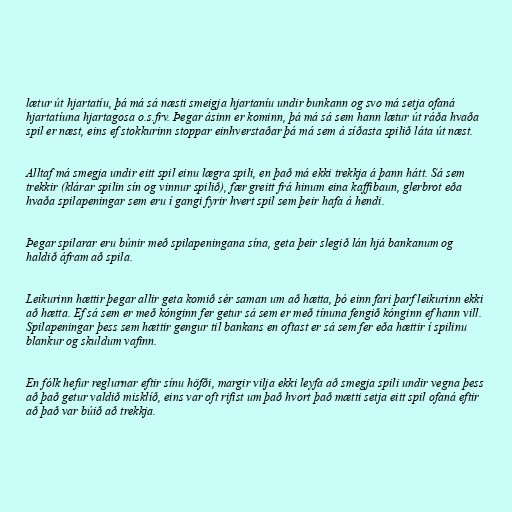
lætur út hjartatíu, þá má sá næsti smeigja hjartaníu undir bunkann og svo má setja ofaná
hjartatíuna hjartagosa o.s.frv. Þegar ásinn er kominn, þá má sá sem hann lætur út ráða hvaða
spil er næst, eins ef stokkurinn stoppar einhverstaðar þá má sem á síðasta spilið láta út næst.

Alltaf má smegja undir eitt spil einu lægra spili, en það má ekki trekkja á þann hátt. Sá sem
trekkir (klárar spilin sín og vinnur spilið), fær greitt frá hinum eina kaffibaun, glerbrot eða
hvaða spilapeningar sem eru í gangi fyrir hvert spil sem þeir hafa á hendi.

Þegar spilarar eru búnir með spilapeningana sína, geta þeir slegið lán hjá bankanum og
haldið áfram að spila.

Leikurinn hættir þegar allir geta komið sér saman um að hætta, þó einn fari þarf leikurinn ekki
að hætta. Ef sá sem er með kónginn fer getur sá sem er með tínuna fengið kónginn ef hann vill.
Spilapeningar þess sem hættir gengur til bankans en oftast er sá sem fer eða hættir í spilinu
blankur og skuldum vafinn.

En fólk hefur reglurnar eftir sínu höfði, margir vilja ekki leyfa að smegja spili undir vegna þess
að það getur valdið misklíð, eins var oft rifist um það hvort það mætti setja eitt spil ofaná eftir
að það var búið að trekkja.